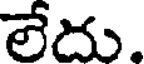
లేదు.